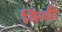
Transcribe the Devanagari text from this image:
किंवी